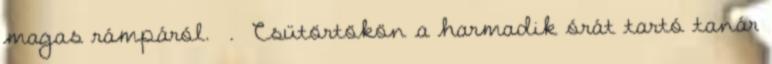
magas rámpáról. . Csütörtökön a harmadik órát tartó tanár